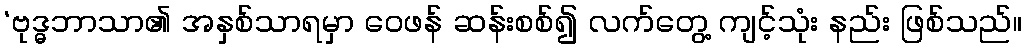
‘ဗုဒ္ဓဘာသာ၏ အနှစ်သာရမှာ ဝေဖန် ဆန်းစစ်၍ လက်တွေ့ ကျင့်သုံး နည်း ဖြစ်သည်။